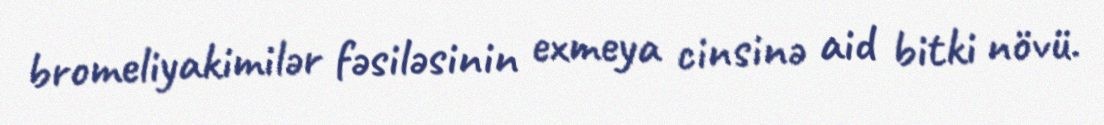
bromeliyakimilər fəsiləsinin exmeya cinsinə aid bitki növü.